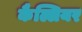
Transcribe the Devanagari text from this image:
कैल्लियर